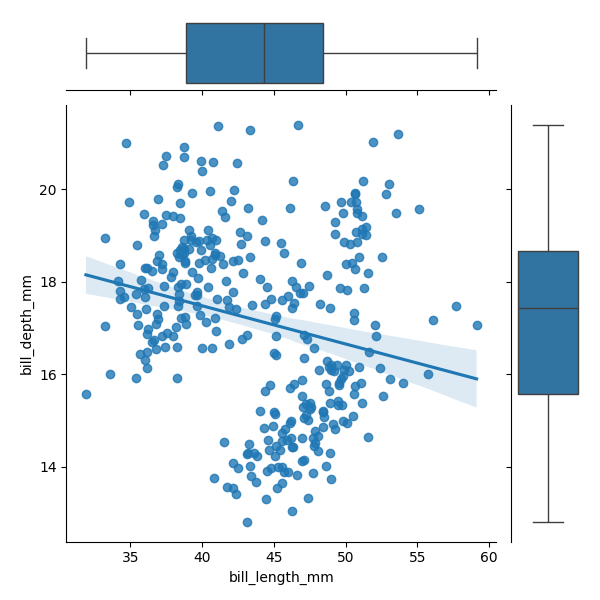
python, seaborn, JointGrid, regplot, boxplot